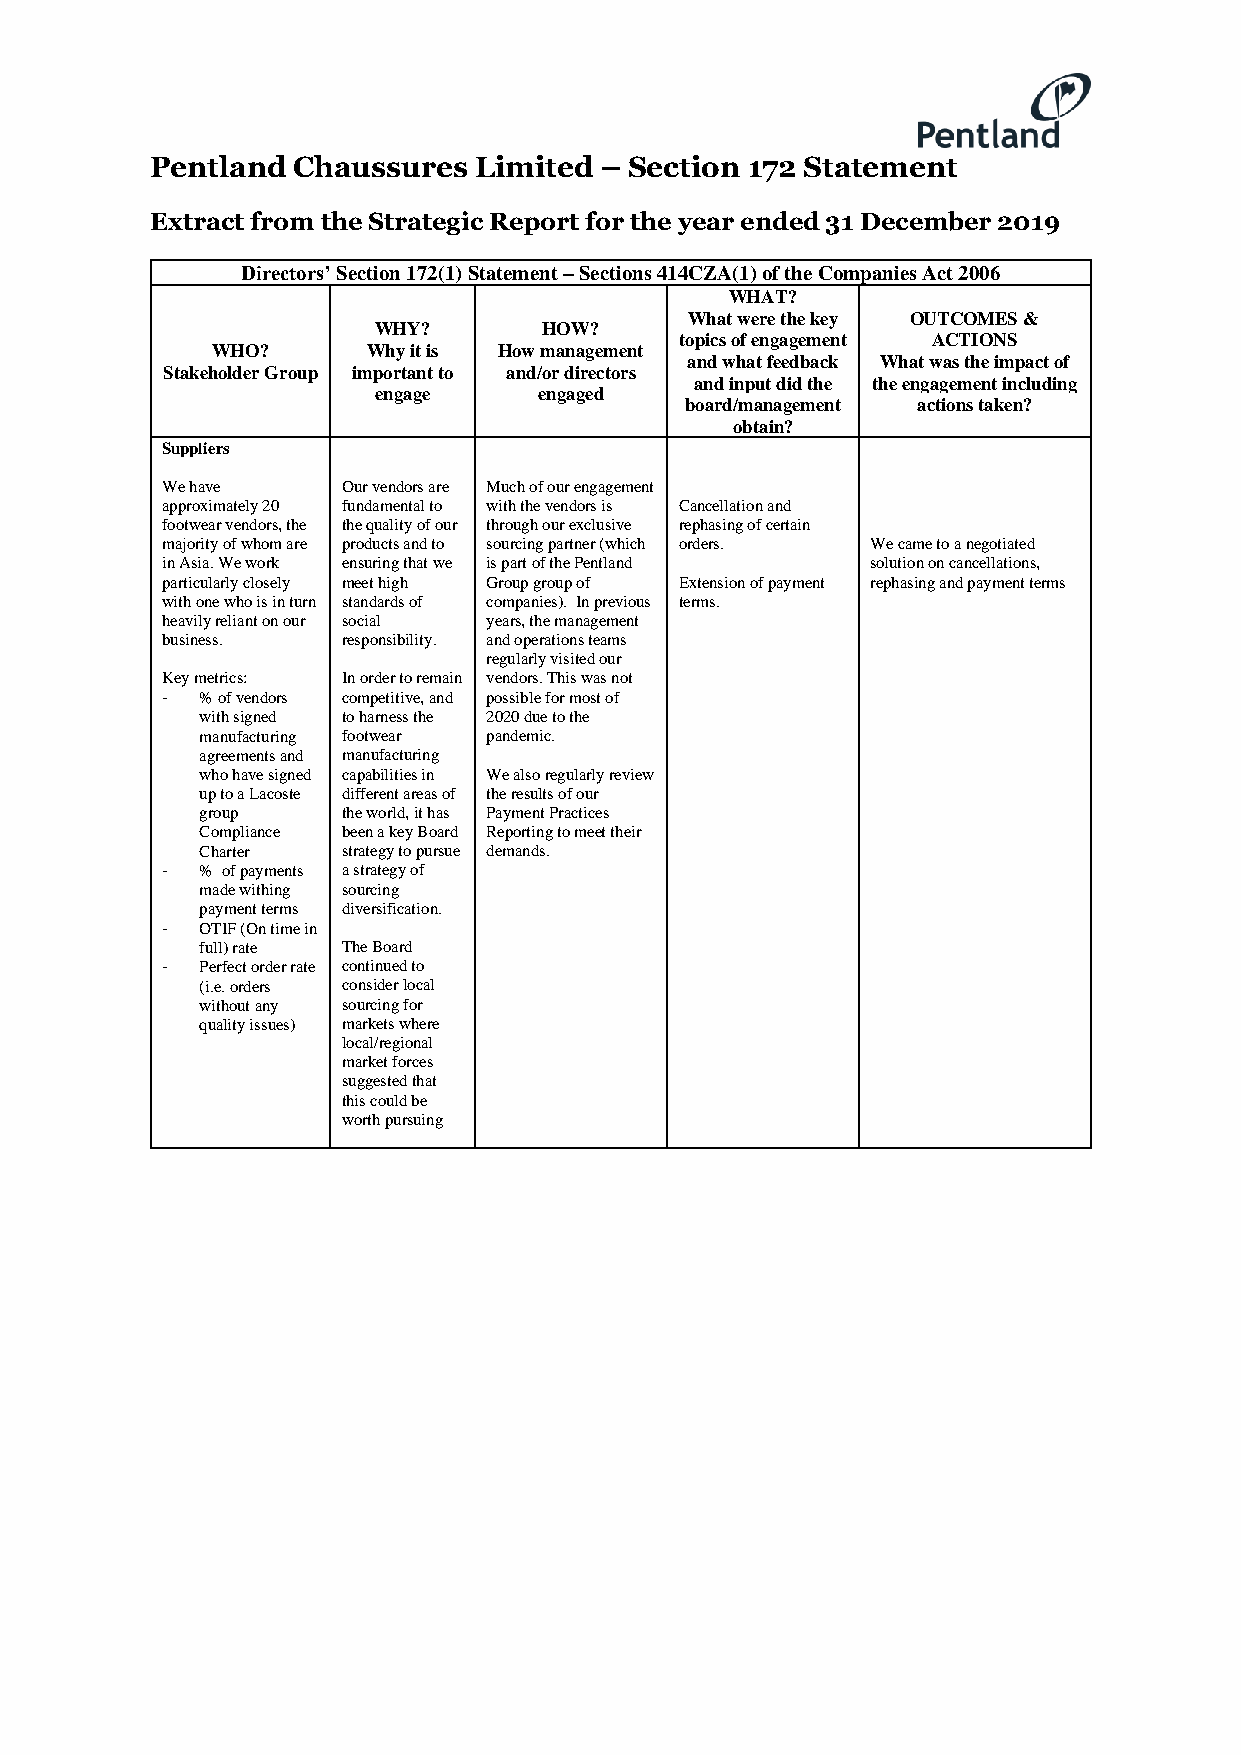
Pentland Chaussures  Limited  – Section 172 Statement
 Extract from the Strategic Report for the year ended 31 December 2019
 Directors’ Section 172(1) Statement – Sections 414CZA(1) of the Companies Act 2006
 WHAT?
 What were the key OUTCOMES &
 WHY?       HOW?
 topics of engagement ACTIONS
 WHO?      Why it is How management
 and what feedback What was the impact of
 Stakeholder Group important to and/or directors
 and input did the the engagement including
 engage     engaged
 board/management actions taken?
 obtain?
 Suppliers
 We have     Our vendors are Much of our engagement
 approximately 20 fundamental to with the vendors is Cancellation and
 footwear vendors, the the quality of our through our exclusive rephasing of certain
 majority of whom are products and to sourcing partner (which orders. We came to a negotiated
 in Asia. We work ensuring that we is part of the Pentland solution on cancellations,
 particularly closely meet high Group group of Extension of payment rephasing and payment terms
 with one who is in turn standards of companies). In previous terms.
 heavily reliant on our social years, the management
 business.   responsibility. and operations teams
 regularly visited our
 Key metrics: In order to remain vendors. This was not
 - % of vendors competitive, and possible for most of
 with signed to harness the 2020 due to the
 manufacturing footwear pandemic.
 agreements and manufacturing
 who have signed capabilities in We also regularly review
 up to a Lacoste different areas of the results of our
 group     the world, it has Payment Practices
 Compliance been a key Board Reporting to meet their
 Charter   strategy to pursue demands.
 - % of payments a strategy of
 made withing sourcing
 payment terms diversification.
 - OTIF (On time in
 full) rate The Board
 - Perfect order rate continued to
 (i.e. orders consider local
 without any sourcing for
 quality issues) markets where
 local/regional
 market forces
 suggested that
 this could be
 worth pursuing